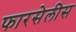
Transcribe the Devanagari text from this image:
फारसेलीस